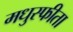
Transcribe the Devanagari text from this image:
मधुस्फीता